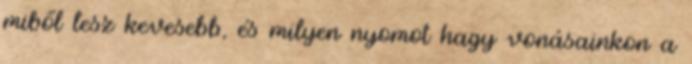
miből lesz kevesebb, és milyen nyomot hagy vonásainkon a